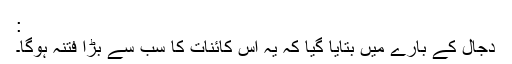
:
دجال کے بارے میں بتایا گیا کہ یہ اس کائنات کا سب سے بڑا فتنہ ہوگا۔